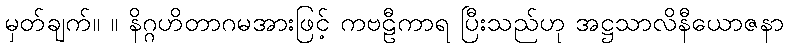
မှတ်ချက်။ ။ နိဂ္ဂဟိတာဂမအားဖြင့် ကဗဠီကာရ ပြီးသည်ဟု အဋ္ဌသာလိနီယောဇနာ